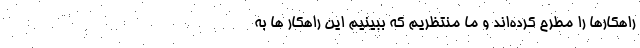
راهکارها را مطرح کرده‌اند و ما منتظریم که ببینیم این راهکار ها به